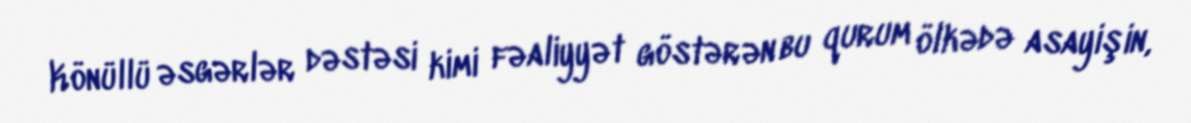
Könüllü əsgərlər dəstəsi kimi fəaliyyət göstərən bu qurum ölkədə asayişin,